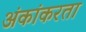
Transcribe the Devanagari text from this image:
अंकांकरता